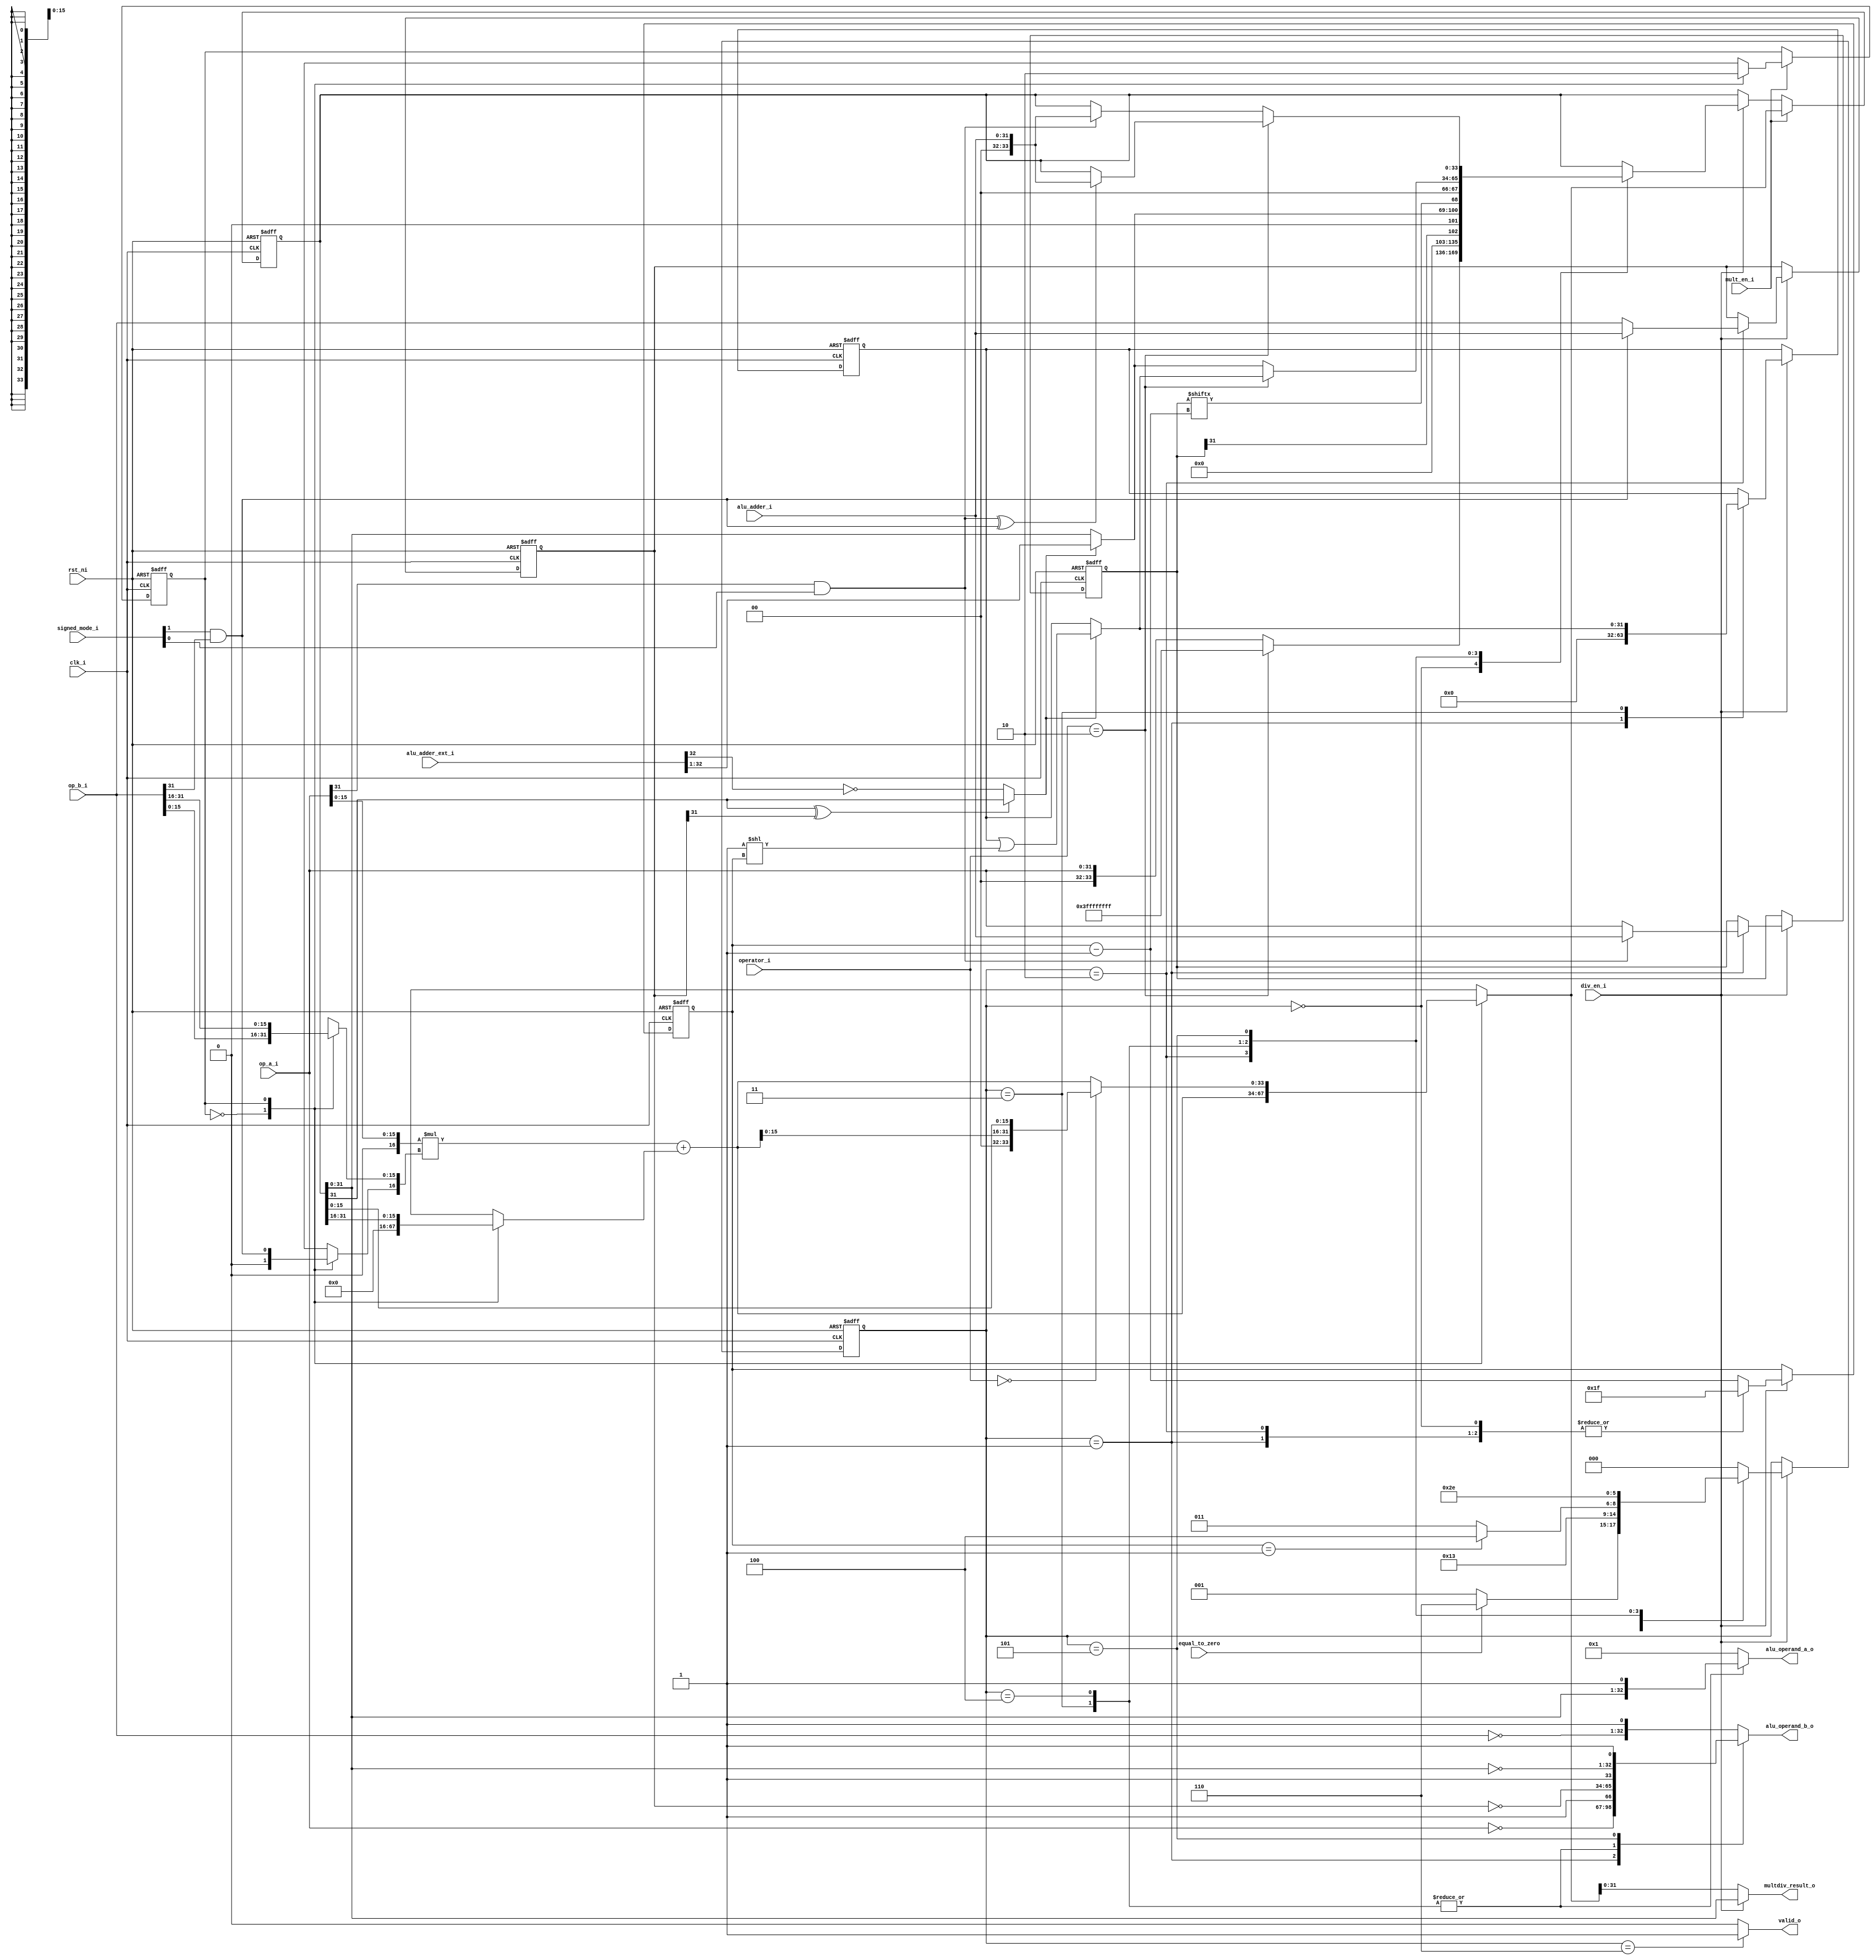
module ibex_multdiv_fast (
	clk_i,
	rst_ni,
	mult_en_i,
	div_en_i,
	operator_i,
	signed_mode_i,
	op_a_i,
	op_b_i,
	alu_adder_ext_i,
	alu_adder_i,
	equal_to_zero,
	alu_operand_a_o,
	alu_operand_b_o,
	multdiv_result_o,
	valid_o
);
	localparam [2:0] MD_IDLE = 0;
	localparam [2:0] MD_ABS_A = 1;
	localparam [2:0] MD_ABS_B = 2;
	localparam [2:0] MD_COMP = 3;
	localparam [2:0] MD_LAST = 4;
	localparam [2:0] MD_CHANGE_SIGN = 5;
	localparam [2:0] MD_FINISH = 6;
	parameter SingleCycleMultiply = 0;
	input wire clk_i;
	input wire rst_ni;
	input wire mult_en_i;
	input wire div_en_i;
	input wire [1:0] operator_i;
	input wire [1:0] signed_mode_i;
	input wire [31:0] op_a_i;
	input wire [31:0] op_b_i;
	input wire [33:0] alu_adder_ext_i;
	input wire [31:0] alu_adder_i;
	input wire equal_to_zero;
	output reg [32:0] alu_operand_a_o;
	output reg [32:0] alu_operand_b_o;
	output wire [31:0] multdiv_result_o;
	output wire valid_o;
	parameter [31:0] PMP_MAX_REGIONS = 16;
	parameter [31:0] PMP_CFG_W = 8;
	parameter [31:0] PMP_I = 0;
	parameter [31:0] PMP_D = 1;
	parameter [11:0] CSR_OFF_PMP_CFG = 12'h3A0;
	parameter [11:0] CSR_OFF_PMP_ADDR = 12'h3B0;
	parameter [31:0] CSR_MSTATUS_MIE_BIT = 3;
	parameter [31:0] CSR_MSTATUS_MPIE_BIT = 7;
	parameter [31:0] CSR_MSTATUS_MPP_BIT_LOW = 11;
	parameter [31:0] CSR_MSTATUS_MPP_BIT_HIGH = 12;
	parameter [31:0] CSR_MSTATUS_MPRV_BIT = 17;
	parameter [31:0] CSR_MSTATUS_TW_BIT = 21;
	parameter [31:0] CSR_MSIX_BIT = 3;
	parameter [31:0] CSR_MTIX_BIT = 7;
	parameter [31:0] CSR_MEIX_BIT = 11;
	parameter [31:0] CSR_MFIX_BIT_LOW = 16;
	parameter [31:0] CSR_MFIX_BIT_HIGH = 30;
	localparam [0:0] IMM_A_Z = 0;
	localparam [0:0] JT_ALU = 0;
	localparam [0:0] OP_B_REG_B = 0;
	localparam [1:0] CSR_OP_READ = 0;
	localparam [1:0] EXC_PC_EXC = 0;
	localparam [1:0] MD_OP_MULL = 0;
	localparam [1:0] OP_A_REG_A = 0;
	localparam [1:0] RF_WD_LSU = 0;
	localparam [2:0] IMM_B_I = 0;
	localparam [2:0] PC_BOOT = 0;
	localparam [4:0] ALU_ADD = 0;
	localparam [0:0] IMM_A_ZERO = 1;
	localparam [0:0] JT_BT_ALU = 1;
	localparam [0:0] OP_B_IMM = 1;
	localparam [1:0] CSR_OP_WRITE = 1;
	localparam [1:0] EXC_PC_IRQ = 1;
	localparam [1:0] MD_OP_MULH = 1;
	localparam [1:0] OP_A_FWD = 1;
	localparam [1:0] RF_WD_EX = 1;
	localparam [2:0] IMM_B_S = 1;
	localparam [2:0] PC_JUMP = 1;
	localparam [4:0] ALU_SUB = 1;
	localparam [4:0] ALU_GE = 10;
	localparam [4:0] ALU_GEU = 11;
	localparam [4:0] ALU_EQ = 12;
	localparam [11:0] CSR_MSTATUS = 12'h300;
	localparam [11:0] CSR_MISA = 12'h301;
	localparam [11:0] CSR_MIE = 12'h304;
	localparam [11:0] CSR_MTVEC = 12'h305;
	localparam [11:0] CSR_MCOUNTINHIBIT = 12'h320;
	localparam [11:0] CSR_MHPMEVENT3 = 12'h323;
	localparam [11:0] CSR_MHPMEVENT4 = 12'h324;
	localparam [11:0] CSR_MHPMEVENT5 = 12'h325;
	localparam [11:0] CSR_MHPMEVENT6 = 12'h326;
	localparam [11:0] CSR_MHPMEVENT7 = 12'h327;
	localparam [11:0] CSR_MHPMEVENT8 = 12'h328;
	localparam [11:0] CSR_MHPMEVENT9 = 12'h329;
	localparam [11:0] CSR_MHPMEVENT10 = 12'h32A;
	localparam [11:0] CSR_MHPMEVENT11 = 12'h32B;
	localparam [11:0] CSR_MHPMEVENT12 = 12'h32C;
	localparam [11:0] CSR_MHPMEVENT13 = 12'h32D;
	localparam [11:0] CSR_MHPMEVENT14 = 12'h32E;
	localparam [11:0] CSR_MHPMEVENT15 = 12'h32F;
	localparam [11:0] CSR_MHPMEVENT16 = 12'h330;
	localparam [11:0] CSR_MHPMEVENT17 = 12'h331;
	localparam [11:0] CSR_MHPMEVENT18 = 12'h332;
	localparam [11:0] CSR_MHPMEVENT19 = 12'h333;
	localparam [11:0] CSR_MHPMEVENT20 = 12'h334;
	localparam [11:0] CSR_MHPMEVENT21 = 12'h335;
	localparam [11:0] CSR_MHPMEVENT22 = 12'h336;
	localparam [11:0] CSR_MHPMEVENT23 = 12'h337;
	localparam [11:0] CSR_MHPMEVENT24 = 12'h338;
	localparam [11:0] CSR_MHPMEVENT25 = 12'h339;
	localparam [11:0] CSR_MHPMEVENT26 = 12'h33A;
	localparam [11:0] CSR_MHPMEVENT27 = 12'h33B;
	localparam [11:0] CSR_MHPMEVENT28 = 12'h33C;
	localparam [11:0] CSR_MHPMEVENT29 = 12'h33D;
	localparam [11:0] CSR_MHPMEVENT30 = 12'h33E;
	localparam [11:0] CSR_MHPMEVENT31 = 12'h33F;
	localparam [11:0] CSR_MSCRATCH = 12'h340;
	localparam [11:0] CSR_MEPC = 12'h341;
	localparam [11:0] CSR_MCAUSE = 12'h342;
	localparam [11:0] CSR_MTVAL = 12'h343;
	localparam [11:0] CSR_MIP = 12'h344;
	localparam [11:0] CSR_PMPCFG0 = 12'h3A0;
	localparam [11:0] CSR_PMPCFG1 = 12'h3A1;
	localparam [11:0] CSR_PMPCFG2 = 12'h3A2;
	localparam [11:0] CSR_PMPCFG3 = 12'h3A3;
	localparam [11:0] CSR_PMPADDR0 = 12'h3B0;
	localparam [11:0] CSR_PMPADDR1 = 12'h3B1;
	localparam [11:0] CSR_PMPADDR2 = 12'h3B2;
	localparam [11:0] CSR_PMPADDR3 = 12'h3B3;
	localparam [11:0] CSR_PMPADDR4 = 12'h3B4;
	localparam [11:0] CSR_PMPADDR5 = 12'h3B5;
	localparam [11:0] CSR_PMPADDR6 = 12'h3B6;
	localparam [11:0] CSR_PMPADDR7 = 12'h3B7;
	localparam [11:0] CSR_PMPADDR8 = 12'h3B8;
	localparam [11:0] CSR_PMPADDR9 = 12'h3B9;
	localparam [11:0] CSR_PMPADDR10 = 12'h3BA;
	localparam [11:0] CSR_PMPADDR11 = 12'h3BB;
	localparam [11:0] CSR_PMPADDR12 = 12'h3BC;
	localparam [11:0] CSR_PMPADDR13 = 12'h3BD;
	localparam [11:0] CSR_PMPADDR14 = 12'h3BE;
	localparam [11:0] CSR_PMPADDR15 = 12'h3BF;
	localparam [11:0] CSR_TSELECT = 12'h7A0;
	localparam [11:0] CSR_TDATA1 = 12'h7A1;
	localparam [11:0] CSR_TDATA2 = 12'h7A2;
	localparam [11:0] CSR_TDATA3 = 12'h7A3;
	localparam [11:0] CSR_MCONTEXT = 12'h7A8;
	localparam [11:0] CSR_SCONTEXT = 12'h7AA;
	localparam [11:0] CSR_DCSR = 12'h7b0;
	localparam [11:0] CSR_DPC = 12'h7b1;
	localparam [11:0] CSR_DSCRATCH0 = 12'h7b2;
	localparam [11:0] CSR_DSCRATCH1 = 12'h7b3;
	localparam [11:0] CSR_MCYCLE = 12'hB00;
	localparam [11:0] CSR_MINSTRET = 12'hB02;
	localparam [11:0] CSR_MHPMCOUNTER3 = 12'hB03;
	localparam [11:0] CSR_MHPMCOUNTER4 = 12'hB04;
	localparam [11:0] CSR_MHPMCOUNTER5 = 12'hB05;
	localparam [11:0] CSR_MHPMCOUNTER6 = 12'hB06;
	localparam [11:0] CSR_MHPMCOUNTER7 = 12'hB07;
	localparam [11:0] CSR_MHPMCOUNTER8 = 12'hB08;
	localparam [11:0] CSR_MHPMCOUNTER9 = 12'hB09;
	localparam [11:0] CSR_MHPMCOUNTER10 = 12'hB0A;
	localparam [11:0] CSR_MHPMCOUNTER11 = 12'hB0B;
	localparam [11:0] CSR_MHPMCOUNTER12 = 12'hB0C;
	localparam [11:0] CSR_MHPMCOUNTER13 = 12'hB0D;
	localparam [11:0] CSR_MHPMCOUNTER14 = 12'hB0E;
	localparam [11:0] CSR_MHPMCOUNTER15 = 12'hB0F;
	localparam [11:0] CSR_MHPMCOUNTER16 = 12'hB10;
	localparam [11:0] CSR_MHPMCOUNTER17 = 12'hB11;
	localparam [11:0] CSR_MHPMCOUNTER18 = 12'hB12;
	localparam [11:0] CSR_MHPMCOUNTER19 = 12'hB13;
	localparam [11:0] CSR_MHPMCOUNTER20 = 12'hB14;
	localparam [11:0] CSR_MHPMCOUNTER21 = 12'hB15;
	localparam [11:0] CSR_MHPMCOUNTER22 = 12'hB16;
	localparam [11:0] CSR_MHPMCOUNTER23 = 12'hB17;
	localparam [11:0] CSR_MHPMCOUNTER24 = 12'hB18;
	localparam [11:0] CSR_MHPMCOUNTER25 = 12'hB19;
	localparam [11:0] CSR_MHPMCOUNTER26 = 12'hB1A;
	localparam [11:0] CSR_MHPMCOUNTER27 = 12'hB1B;
	localparam [11:0] CSR_MHPMCOUNTER28 = 12'hB1C;
	localparam [11:0] CSR_MHPMCOUNTER29 = 12'hB1D;
	localparam [11:0] CSR_MHPMCOUNTER30 = 12'hB1E;
	localparam [11:0] CSR_MHPMCOUNTER31 = 12'hB1F;
	localparam [11:0] CSR_MCYCLEH = 12'hB80;
	localparam [11:0] CSR_MINSTRETH = 12'hB82;
	localparam [11:0] CSR_MHPMCOUNTER3H = 12'hB83;
	localparam [11:0] CSR_MHPMCOUNTER4H = 12'hB84;
	localparam [11:0] CSR_MHPMCOUNTER5H = 12'hB85;
	localparam [11:0] CSR_MHPMCOUNTER6H = 12'hB86;
	localparam [11:0] CSR_MHPMCOUNTER7H = 12'hB87;
	localparam [11:0] CSR_MHPMCOUNTER8H = 12'hB88;
	localparam [11:0] CSR_MHPMCOUNTER9H = 12'hB89;
	localparam [11:0] CSR_MHPMCOUNTER10H = 12'hB8A;
	localparam [11:0] CSR_MHPMCOUNTER11H = 12'hB8B;
	localparam [11:0] CSR_MHPMCOUNTER12H = 12'hB8C;
	localparam [11:0] CSR_MHPMCOUNTER13H = 12'hB8D;
	localparam [11:0] CSR_MHPMCOUNTER14H = 12'hB8E;
	localparam [11:0] CSR_MHPMCOUNTER15H = 12'hB8F;
	localparam [11:0] CSR_MHPMCOUNTER16H = 12'hB90;
	localparam [11:0] CSR_MHPMCOUNTER17H = 12'hB91;
	localparam [11:0] CSR_MHPMCOUNTER18H = 12'hB92;
	localparam [11:0] CSR_MHPMCOUNTER19H = 12'hB93;
	localparam [11:0] CSR_MHPMCOUNTER20H = 12'hB94;
	localparam [11:0] CSR_MHPMCOUNTER21H = 12'hB95;
	localparam [11:0] CSR_MHPMCOUNTER22H = 12'hB96;
	localparam [11:0] CSR_MHPMCOUNTER23H = 12'hB97;
	localparam [11:0] CSR_MHPMCOUNTER24H = 12'hB98;
	localparam [11:0] CSR_MHPMCOUNTER25H = 12'hB99;
	localparam [11:0] CSR_MHPMCOUNTER26H = 12'hB9A;
	localparam [11:0] CSR_MHPMCOUNTER27H = 12'hB9B;
	localparam [11:0] CSR_MHPMCOUNTER28H = 12'hB9C;
	localparam [11:0] CSR_MHPMCOUNTER29H = 12'hB9D;
	localparam [11:0] CSR_MHPMCOUNTER30H = 12'hB9E;
	localparam [11:0] CSR_MHPMCOUNTER31H = 12'hB9F;
	localparam [11:0] CSR_MHARTID = 12'hF14;
	localparam [4:0] ALU_NE = 13;
	localparam [4:0] ALU_SLT = 14;
	localparam [4:0] ALU_SLTU = 15;
	localparam [1:0] CSR_OP_SET = 2;
	localparam [1:0] EXC_PC_DBD = 2;
	localparam [1:0] MD_OP_DIV = 2;
	localparam [1:0] OP_A_CURRPC = 2;
	localparam [1:0] RF_WD_CSR = 2;
	localparam [2:0] IMM_B_B = 2;
	localparam [2:0] PC_EXC = 2;
	localparam [4:0] ALU_XOR = 2;
	localparam [1:0] PMP_ACC_EXEC = 2'b00;
	localparam [1:0] PMP_MODE_OFF = 2'b00;
	localparam [1:0] PRIV_LVL_U = 2'b00;
	localparam [1:0] PMP_ACC_WRITE = 2'b01;
	localparam [1:0] PMP_MODE_TOR = 2'b01;
	localparam [1:0] PRIV_LVL_S = 2'b01;
	localparam [1:0] PMP_ACC_READ = 2'b10;
	localparam [1:0] PMP_MODE_NA4 = 2'b10;
	localparam [1:0] PRIV_LVL_H = 2'b10;
	localparam [1:0] PMP_MODE_NAPOT = 2'b11;
	localparam [1:0] PRIV_LVL_M = 2'b11;
	localparam [1:0] CSR_OP_CLEAR = 3;
	localparam [1:0] EXC_PC_DBG_EXC = 3;
	localparam [1:0] MD_OP_REM = 3;
	localparam [1:0] OP_A_IMM = 3;
	localparam [2:0] IMM_B_U = 3;
	localparam [2:0] PC_ERET = 3;
	localparam [4:0] ALU_OR = 3;
	localparam [2:0] DBG_CAUSE_NONE = 3'h0;
	localparam [2:0] DBG_CAUSE_EBREAK = 3'h1;
	localparam [2:0] DBG_CAUSE_TRIGGER = 3'h2;
	localparam [2:0] DBG_CAUSE_HALTREQ = 3'h3;
	localparam [2:0] DBG_CAUSE_STEP = 3'h4;
	localparam [2:0] IMM_B_J = 4;
	localparam [2:0] PC_DRET = 4;
	localparam [4:0] ALU_AND = 4;
	localparam [3:0] XDEBUGVER_NO = 4'd0;
	localparam [3:0] XDEBUGVER_NONSTD = 4'd15;
	localparam [3:0] XDEBUGVER_STD = 4'd4;
	localparam [2:0] IMM_B_INCR_PC = 5;
	localparam [4:0] ALU_SRA = 5;
	localparam [2:0] IMM_B_INCR_ADDR = 6;
	localparam [4:0] ALU_SRL = 6;
	localparam [4:0] ALU_SLL = 7;
	localparam [6:0] OPCODE_LOAD = 7'h03;
	localparam [6:0] OPCODE_MISC_MEM = 7'h0f;
	localparam [6:0] OPCODE_OP_IMM = 7'h13;
	localparam [6:0] OPCODE_AUIPC = 7'h17;
	localparam [6:0] OPCODE_STORE = 7'h23;
	localparam [6:0] OPCODE_OP = 7'h33;
	localparam [6:0] OPCODE_LUI = 7'h37;
	localparam [6:0] OPCODE_BRANCH = 7'h63;
	localparam [6:0] OPCODE_JALR = 7'h67;
	localparam [6:0] OPCODE_JAL = 7'h6f;
	localparam [6:0] OPCODE_SYSTEM = 7'h73;
	localparam [4:0] ALU_LT = 8;
	localparam [4:0] ALU_LTU = 9;
	localparam [5:0] EXC_CAUSE_INSN_ADDR_MISA = {1'b0, 5'd00};
	localparam [5:0] EXC_CAUSE_INSTR_ACCESS_FAULT = {1'b0, 5'd01};
	localparam [5:0] EXC_CAUSE_ILLEGAL_INSN = {1'b0, 5'd02};
	localparam [5:0] EXC_CAUSE_BREAKPOINT = {1'b0, 5'd03};
	localparam [5:0] EXC_CAUSE_LOAD_ACCESS_FAULT = {1'b0, 5'd05};
	localparam [5:0] EXC_CAUSE_STORE_ACCESS_FAULT = {1'b0, 5'd07};
	localparam [5:0] EXC_CAUSE_ECALL_UMODE = {1'b0, 5'd08};
	localparam [5:0] EXC_CAUSE_ECALL_MMODE = {1'b0, 5'd11};
	localparam [5:0] EXC_CAUSE_IRQ_SOFTWARE_M = {1'b1, 5'd03};
	localparam [5:0] EXC_CAUSE_IRQ_TIMER_M = {1'b1, 5'd07};
	localparam [5:0] EXC_CAUSE_IRQ_EXTERNAL_M = {1'b1, 5'd11};
	localparam [5:0] EXC_CAUSE_IRQ_NM = {1'b1, 5'd31};
	wire signed [34:0] mac_res_signed;
	wire [34:0] mac_res_ext;
	reg [33:0] accum;
	reg sign_a;
	reg sign_b;
	reg mult_valid;
	wire signed_mult;
	reg [33:0] mac_res_q;
	reg [33:0] mac_res_d;
	wire [33:0] mac_res;
	reg [33:0] op_remainder_d;
	wire div_sign_a;
	wire div_sign_b;
	reg is_greater_equal;
	wire div_change_sign;
	wire rem_change_sign;
	wire [31:0] one_shift;
	reg [31:0] op_denominator_q;
	reg [31:0] op_numerator_q;
	reg [31:0] op_quotient_q;
	reg [31:0] op_denominator_d;
	reg [31:0] op_numerator_d;
	reg [31:0] op_quotient_d;
	wire [31:0] next_remainder;
	wire [32:0] next_quotient;
	wire [32:0] res_adder_h;
	reg div_valid;
	reg [4:0] div_counter_q;
	reg [4:0] div_counter_d;
	reg [2:0] md_state_q;
	reg [2:0] md_state_d;
	always @(posedge clk_i or negedge rst_ni)
		if (!rst_ni) begin
			mac_res_q <= 1'sb0;
			div_counter_q <= 1'sb0;
			md_state_q <= MD_IDLE;
			op_denominator_q <= 1'sb0;
			op_numerator_q <= 1'sb0;
			op_quotient_q <= 1'sb0;
		end
		else begin
			if (div_en_i) begin
				div_counter_q <= div_counter_d;
				op_denominator_q <= op_denominator_d;
				op_numerator_q <= op_numerator_d;
				op_quotient_q <= op_quotient_d;
				md_state_q <= md_state_d;
			end
			case (1'b1)
				mult_en_i: mac_res_q <= mac_res_d;
				div_en_i: mac_res_q <= op_remainder_d;
				default: mac_res_q <= mac_res_q;
			endcase
		end
	assign signed_mult = (signed_mode_i != 2'b00);
	assign multdiv_result_o = (div_en_i ? mac_res_q[31:0] : mac_res_d[31:0]);
	generate
		if (SingleCycleMultiply) begin : gen_multiv_single_cycle
			reg [0:0] mult_state_q;
			reg [0:0] mult_state_d;
			wire signed [33:0] mult1_res;
			wire signed [33:0] mult2_res;
			wire signed [33:0] mult3_res;
			wire [15:0] mult1_op_a;
			wire [15:0] mult1_op_b;
			wire [15:0] mult2_op_a;
			wire [15:0] mult2_op_b;
			reg [15:0] mult3_op_a;
			reg [15:0] mult3_op_b;
			wire mult1_sign_a;
			wire mult1_sign_b;
			wire mult2_sign_a;
			wire mult2_sign_b;
			reg mult3_sign_a;
			reg mult3_sign_b;
			reg [33:0] summand1;
			reg [33:0] summand2;
			reg [33:0] summand3;
			assign mult1_res = ($signed({mult1_sign_a, mult1_op_a}) * $signed({mult1_sign_b, mult1_op_b}));
			assign mult2_res = ($signed({mult2_sign_a, mult2_op_a}) * $signed({mult2_sign_b, mult2_op_b}));
			assign mult3_res = ($signed({mult3_sign_a, mult3_op_a}) * $signed({mult3_sign_b, mult3_op_b}));
			assign mac_res_signed = (($signed(summand1) + $signed(summand2)) + $signed(summand3));
			assign mac_res_ext = $unsigned(mac_res_signed);
			assign mac_res = mac_res_ext[33:0];
			always @(*) sign_a = (signed_mode_i[0] & op_a_i[31]);
			always @(*) sign_b = (signed_mode_i[1] & op_b_i[31]);
			assign mult1_sign_a = 1'b0;
			assign mult1_sign_b = 1'b0;
			assign mult1_op_a = op_a_i[15:0];
			assign mult1_op_b = op_b_i[15:0];
			assign mult2_sign_a = 1'b0;
			assign mult2_sign_b = sign_b;
			assign mult2_op_a = op_a_i[15:0];
			assign mult2_op_b = op_b_i[31:16];
			always @(*) accum[17:0] = mac_res_q[33:16];
			always @(*) accum[33:18] = {16 {(signed_mult & mac_res_q[33])}};
			localparam MULL = 1'b0;
			localparam MULH = 1'b1;
			always @(*) begin
				mult3_sign_a = sign_a;
				mult3_sign_b = 1'b0;
				mult3_op_a = op_a_i[31:16];
				mult3_op_b = op_b_i[15:0];
				summand1 = {18'h0, mult1_res[31:16]};
				summand2 = mult2_res;
				summand3 = mult3_res;
				mac_res_d = {2'b0, mac_res[15:0], mult1_res[15:0]};
				mult_valid = mult_en_i;
				mult_state_d = MULL;
				case (mult_state_q)
					MULL:
						if ((operator_i != MD_OP_MULL)) begin
							mac_res_d = mac_res;
							mult_valid = 1'b0;
							mult_state_d = MULH;
						end
					MULH: begin
						mult3_sign_a = sign_a;
						mult3_sign_b = sign_b;
						mult3_op_a = op_a_i[31:16];
						mult3_op_b = op_b_i[31:16];
						mac_res_d = mac_res;
						summand1 = 1'sb0;
						summand2 = accum;
						summand3 = mult3_res;
						mult_state_d = MULL;
						mult_valid = 1'b1;
					end
					default: mult_state_d = MULL;
				endcase
			end
			always @(posedge clk_i or negedge rst_ni)
				if (!rst_ni)
					mult_state_q <= MULL;
				else if (mult_en_i)
					mult_state_q <= mult_state_d;
		end
		else begin : gen_multdiv_fast
			reg [15:0] mult_op_a;
			reg [15:0] mult_op_b;
			reg [0:0] mult_state_q;
			reg [0:0] mult_state_d;
			assign mac_res_signed = (($signed({sign_a, mult_op_a}) * $signed({sign_b, mult_op_b})) + $signed(accum));
			assign mac_res_ext = $unsigned(mac_res_signed);
			assign mac_res = mac_res_ext[33:0];
			localparam ALBL = 2'd0;
			localparam ALBH = 2'd1;
			localparam AHBL = 2'd2;
			localparam AHBH = 2'd3;
			always @(*) begin
				mult_op_a = op_a_i[15:0];
				mult_op_b = op_b_i[15:0];
				sign_a = 1'b0;
				sign_b = 1'b0;
				accum = mac_res_q;
				mac_res_d = mac_res;
				mult_state_d = mult_state_q;
				mult_valid = 1'b0;
				case (mult_state_q)
					ALBL: begin
						mult_op_a = op_a_i[15:0];
						mult_op_b = op_b_i[15:0];
						sign_a = 1'b0;
						sign_b = 1'b0;
						accum = 1'sb0;
						mac_res_d = mac_res;
						mult_state_d = ALBH;
					end
					ALBH: begin
						mult_op_a = op_a_i[15:0];
						mult_op_b = op_b_i[31:16];
						sign_a = 1'b0;
						sign_b = (signed_mode_i[1] & op_b_i[31]);
						accum = {18'b0, mac_res_q[31:16]};
						if ((operator_i == MD_OP_MULL))
							mac_res_d = {2'b0, mac_res[15:0], mac_res_q[15:0]};
						else
							mac_res_d = mac_res;
						mult_state_d = AHBL;
					end
					AHBL: begin
						mult_op_a = op_a_i[31:16];
						mult_op_b = op_b_i[15:0];
						sign_a = (signed_mode_i[0] & op_a_i[31]);
						sign_b = 1'b0;
						if ((operator_i == MD_OP_MULL)) begin
							accum = {18'b0, mac_res_q[31:16]};
							mac_res_d = {2'b0, mac_res[15:0], mac_res_q[15:0]};
							mult_valid = 1'b1;
							mult_state_d = ALBL;
						end
						else begin
							accum = mac_res_q;
							mac_res_d = mac_res;
							mult_state_d = AHBH;
						end
					end
					AHBH: begin
						mult_op_a = op_a_i[31:16];
						mult_op_b = op_b_i[31:16];
						sign_a = (signed_mode_i[0] & op_a_i[31]);
						sign_b = (signed_mode_i[1] & op_b_i[31]);
						accum[17:0] = mac_res_q[33:16];
						accum[33:18] = {16 {(signed_mult & mac_res_q[33])}};
						mac_res_d = mac_res;
						mult_state_d = ALBL;
						mult_valid = 1'b1;
					end
					default: mult_state_d = ALBL;
				endcase
			end
			always @(posedge clk_i or negedge rst_ni)
				if (!rst_ni)
					mult_state_q <= ALBL;
				else if (mult_en_i)
					mult_state_q <= mult_state_d;
		end
	endgenerate
	assign res_adder_h = alu_adder_ext_i[33:1];
	assign next_remainder = (is_greater_equal ? res_adder_h[31:0] : mac_res_q[31:0]);
	assign next_quotient = (is_greater_equal ? ({1'b0, op_quotient_q} | {1'b0, one_shift}) : {1'b0, op_quotient_q});
	assign one_shift = ({31'b0, 1'b1} << div_counter_q);
	always @(*)
		if (((mac_res_q[31] ^ op_denominator_q[31]) == 1'b0))
			is_greater_equal = (res_adder_h[31] == 1'b0);
		else
			is_greater_equal = mac_res_q[31];
	assign div_sign_a = (op_a_i[31] & signed_mode_i[0]);
	assign div_sign_b = (op_b_i[31] & signed_mode_i[1]);
	assign div_change_sign = (div_sign_a ^ div_sign_b);
	assign rem_change_sign = div_sign_a;
	always @(*) begin
		div_counter_d = (div_counter_q - 5'h1);
		op_remainder_d = mac_res_q;
		op_quotient_d = op_quotient_q;
		md_state_d = md_state_q;
		op_numerator_d = op_numerator_q;
		op_denominator_d = op_denominator_q;
		alu_operand_a_o = {32'h0, 1'b1};
		alu_operand_b_o = {~op_b_i, 1'b1};
		div_valid = 1'b0;
		case (md_state_q)
			MD_IDLE: begin
				if ((operator_i == MD_OP_DIV)) begin
					op_remainder_d = 1'sb1;
					md_state_d = (equal_to_zero ? MD_FINISH : MD_ABS_A);
				end
				else begin
					op_remainder_d = {2'b0, op_a_i};
					md_state_d = (equal_to_zero ? MD_FINISH : MD_ABS_A);
				end
				alu_operand_a_o = {32'h0, 1'b1};
				alu_operand_b_o = {~op_b_i, 1'b1};
				div_counter_d = 5'd31;
			end
			MD_ABS_A: begin
				op_quotient_d = 1'sb0;
				op_numerator_d = (div_sign_a ? alu_adder_i : op_a_i);
				md_state_d = MD_ABS_B;
				div_counter_d = 5'd31;
				alu_operand_a_o = {32'h0, 1'b1};
				alu_operand_b_o = {~op_a_i, 1'b1};
			end
			MD_ABS_B: begin
				op_remainder_d = {33'h0, op_numerator_q[31]};
				op_denominator_d = (div_sign_b ? alu_adder_i : op_b_i);
				md_state_d = MD_COMP;
				div_counter_d = 5'd31;
				alu_operand_a_o = {32'h0, 1'b1};
				alu_operand_b_o = {~op_b_i, 1'b1};
			end
			MD_COMP: begin
				op_remainder_d = {1'b0, next_remainder[31:0], op_numerator_q[div_counter_d]};
				op_quotient_d = next_quotient[31:0];
				md_state_d = ((div_counter_q == 5'd1) ? MD_LAST : MD_COMP);
				alu_operand_a_o = {mac_res_q[31:0], 1'b1};
				alu_operand_b_o = {~op_denominator_q[31:0], 1'b1};
			end
			MD_LAST: begin
				if ((operator_i == MD_OP_DIV))
					op_remainder_d = {1'b0, next_quotient};
				else
					op_remainder_d = {2'b0, next_remainder[31:0]};
				alu_operand_a_o = {mac_res_q[31:0], 1'b1};
				alu_operand_b_o = {~op_denominator_q[31:0], 1'b1};
				md_state_d = MD_CHANGE_SIGN;
			end
			MD_CHANGE_SIGN: begin
				md_state_d = MD_FINISH;
				if ((operator_i == MD_OP_DIV))
					op_remainder_d = (div_change_sign ? {2'h0, alu_adder_i} : mac_res_q);
				else
					op_remainder_d = (rem_change_sign ? {2'h0, alu_adder_i} : mac_res_q);
				alu_operand_a_o = {32'h0, 1'b1};
				alu_operand_b_o = {~mac_res_q[31:0], 1'b1};
			end
			MD_FINISH: begin
				md_state_d = MD_IDLE;
				div_valid = 1'b1;
			end
			default: md_state_d = MD_IDLE;
		endcase
	end
	assign valid_o = (mult_valid | div_valid);
endmodule